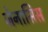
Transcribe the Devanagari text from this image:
जेनासिस